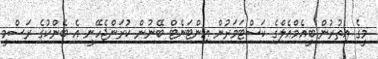
މީގެ އިތުރުން ބީއެމްއެލްގެ ކަސްޓަމަރުން އިންޓަނެޓް ބޭނުން ކުރަންޖެހޭނީ އެ ބޭންކުގެ ރަސްމީ